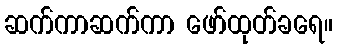
ဆက်ကာဆက်ကာ ဖော်ထုတ်ခရေ။